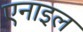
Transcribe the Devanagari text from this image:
एनाइल